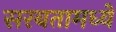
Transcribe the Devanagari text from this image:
सरबतामध्ये